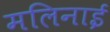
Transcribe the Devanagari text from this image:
मलिनाई